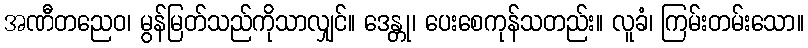
အဏီတညေဝ၊ မွန်မြတ်သည်ကိုသာလျှင်။ ဒေန္တု၊ ပေးစေကုန်သတည်း။ လူခံ၊ ကြမ်းတမ်းသော။